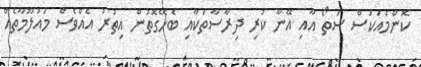
ކޮންމެއަކަސް ސަތޯ އާއި އޭނާ ކުރި ދިރާސާތަކާއި ބެހޭގޮތުން އިތުރު އެއްވެސް މައުލޫމާތެއް